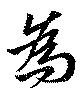
為